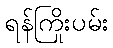
ရန်ကြိုးပမ်း